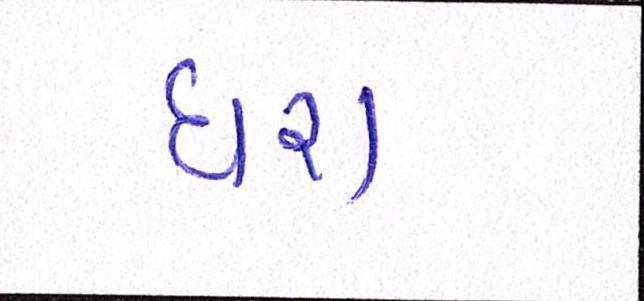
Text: ધરા